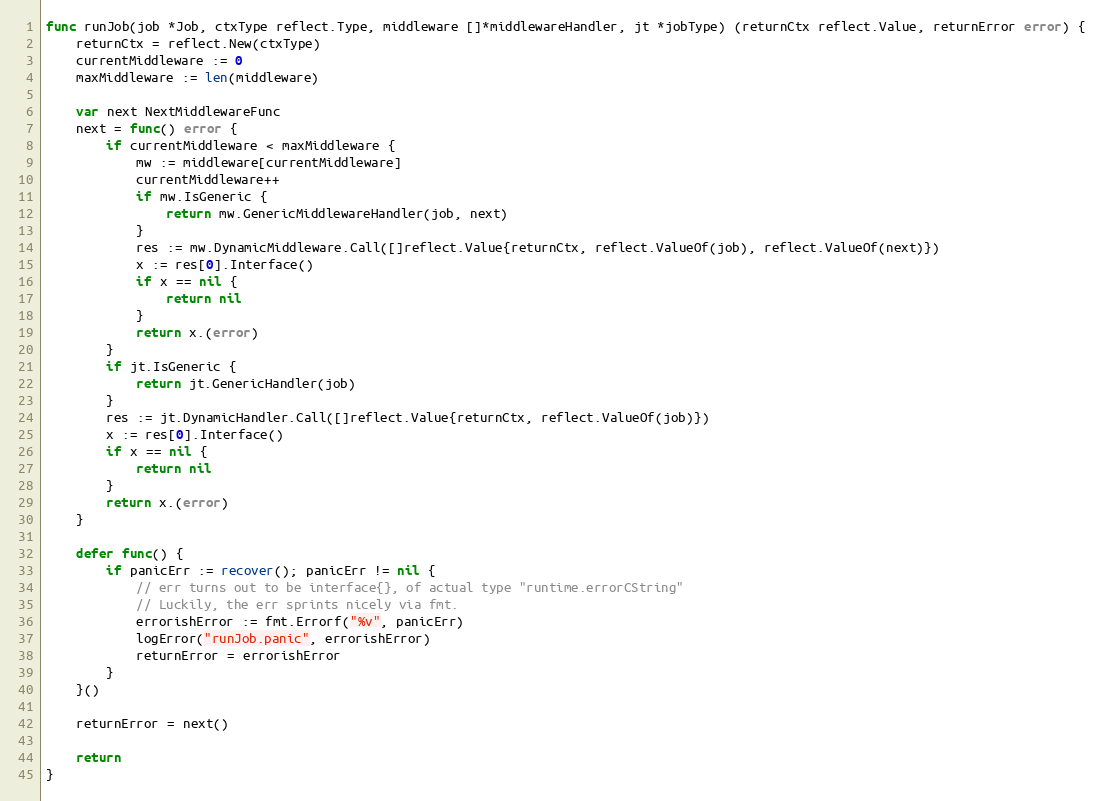
Language: Go
func runJob(job *Job, ctxType reflect.Type, middleware []*middlewareHandler, jt *jobType) (returnCtx reflect.Value, returnError error) {
	returnCtx = reflect.New(ctxType)
	currentMiddleware := 0
	maxMiddleware := len(middleware)

	var next NextMiddlewareFunc
	next = func() error {
		if currentMiddleware < maxMiddleware {
			mw := middleware[currentMiddleware]
			currentMiddleware++
			if mw.IsGeneric {
				return mw.GenericMiddlewareHandler(job, next)
			}
			res := mw.DynamicMiddleware.Call([]reflect.Value{returnCtx, reflect.ValueOf(job), reflect.ValueOf(next)})
			x := res[0].Interface()
			if x == nil {
				return nil
			}
			return x.(error)
		}
		if jt.IsGeneric {
			return jt.GenericHandler(job)
		}
		res := jt.DynamicHandler.Call([]reflect.Value{returnCtx, reflect.ValueOf(job)})
		x := res[0].Interface()
		if x == nil {
			return nil
		}
		return x.(error)
	}

	defer func() {
		if panicErr := recover(); panicErr != nil {
			// err turns out to be interface{}, of actual type "runtime.errorCString"
			// Luckily, the err sprints nicely via fmt.
			errorishError := fmt.Errorf("%v", panicErr)
			logError("runJob.panic", errorishError)
			returnError = errorishError
		}
	}()

	returnError = next()

	return
}